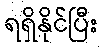
ရရှိနိုင်ပြီး